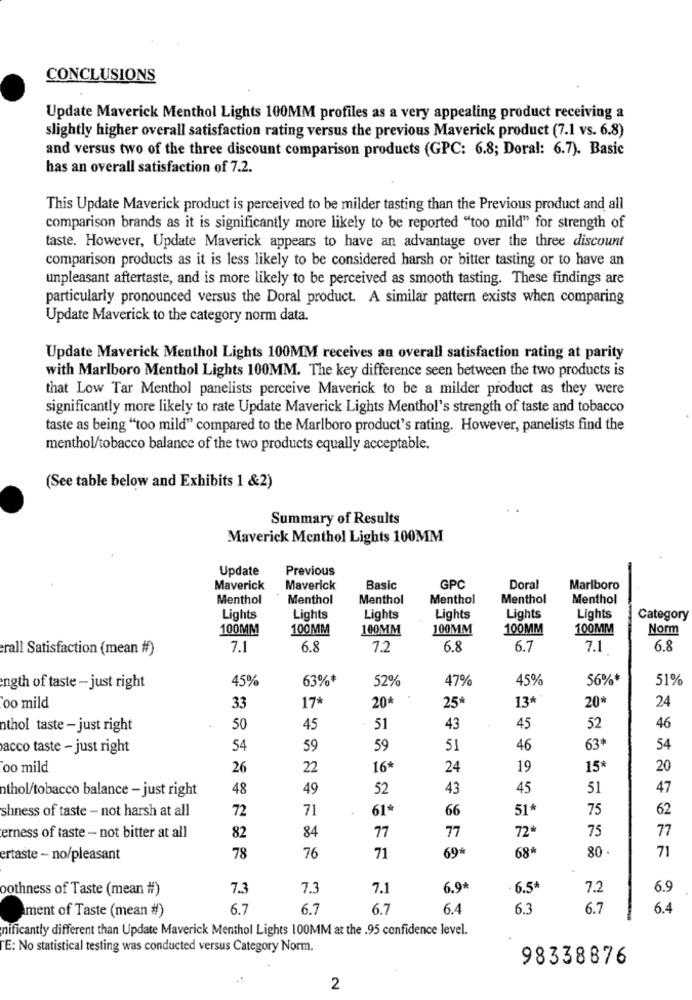
CONCLUSIONS
Update Maverick Menthol Lights 100MM profiles as a very appealing product receiving a
slightly higher overall satisfaction rating versus the previous Maverick product (7.1 vs. 6.8)
and versus two of the three discount comparison products (GPC: 6.8; Doral: 6.7). Basic
has an overall satisfaction of 7.2.
This Update Maverick product is perceived to be milder tasting than the Previous product and all
comparison brands as it is significantly more likely to be reported "too mild" for strength of
taste. However, Update Maverick appears to have an advantage over the three discount
comparison products as it is less likely to be considered harsh or bitter tasting or to have an
unpleasant aftertaste, and is more likely to be perceived as smooth tasting. These findings are
particularly pronounced versus the Doral product. A similar pattern exists when comparing
Update Maverick to the category norm data.
Update Maverick Menthol Lights 100MM receives an overall satisfaction rating at parity
with Marlboro Menthol Lights 100MM. The key difference seen between the two products is
that Low Tar Menthol panelists perceive Maverick to be a milder product as they were
significantly more likely to rate Update Maverick Lights Menthol's strength of taste and tobacco
taste as being "too mild" compared to the Marlboro product's rating. However, panelists find the
menthol/tobacco balance of the two products equally acceptable.
(See table below and Exhibits 1 &2)
Summary of Results
Maverick Menthol Lights 100MM
Update
Previous
Maverick
Maverick
Basic
GPC
Doral
Marlboro
Menthol
Menthol
Menthol
Menthol
Menthol
Menthol
Lights
Lights
Lights
Lights
Lights
Lights
Category
100MM
100MM
100MM
100MM
100MM
100MM
Norm
rall Satisfaction (mean #)
7.1
6.8
7.2
6.8
6.7
7.1
6.8
45%
63%*
52%
47%
45%
56%*
51%
ength of taste - just right
17*
13 **
20*
24
oo mild
33
20*
25
nthol taste - just right
50
45
51
43
45
52
46
acco taste - just right
54
59
59
51
46
63*
54
oo mild
26
22
16*
24
19
15*
20
nthol/tobacco balance - just right
48
49
52
43
45
51
47
shness of taste - not harsh at all
72
71
61ª
66
51
75
62
82
84
77
77
72
75
77
erness of taste - not bitter at all
69*
68+
80
71
ertaste - no/pleasant
78
76
71
bothness of Taste (mean #)
7.3
7.3
7.1
6.9*
6.5*
7.2
6.9
ment of Taste (mean #)
6.7
6.7
6.7
6.4
6.3
6.7
6.4
nificantly different than Update Maverick Menthol Lights 100MM at the .95 confidence level.
TE: No statistical testing was conducted versus Category Norm.
98338876
2